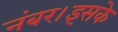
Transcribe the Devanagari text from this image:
नंबर।इसके